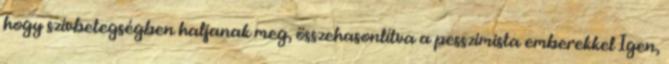
hogy szívbetegségben haljanak meg, összehasonlítva a pesszimista emberekkel Igen,